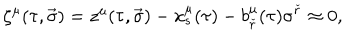
\zeta ^ { \mu } ( \tau , \vec { \sigma } ) = z ^ { \mu } ( \tau , \vec { \sigma } ) - x _ { s } ^ { \mu } ( \tau ) - b _ { \check { r } } ^ { \mu } ( \tau ) \sigma ^ { \check { r } } \approx 0 ,